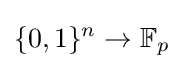
\{0,1\}^{n}\to \mathbb {F} _{p}